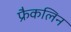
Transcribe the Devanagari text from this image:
फ्रैकलिन